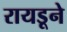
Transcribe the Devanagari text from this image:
रायडूने